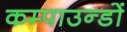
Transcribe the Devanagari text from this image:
कम्पाउन्डों